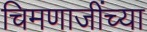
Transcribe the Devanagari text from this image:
चिमणाजींच्या